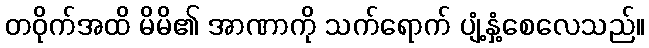
တဝိုက်အထိ မိမိ၏ အာဏာကို သက်ရောက် ပျံ့နှံ့စေလေသည်။